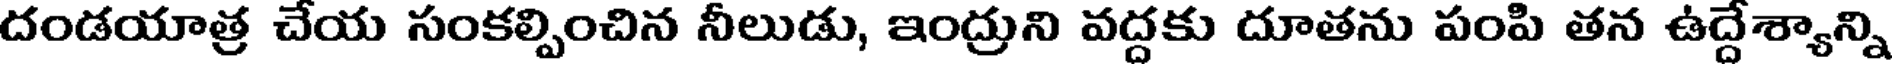
దండయాత్ర చేయ సంకల్పించిన నీలుడు, ఇంద్రుని వద్దకు దూతను పంపి తన ఉద్దేశ్యాన్ని